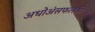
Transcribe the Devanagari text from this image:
अधोअंसफलकी